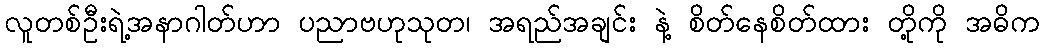
လူတစ်ဦးရဲ့အနာဂါတ်ဟာ ပညာဗဟုသုတ၊ အရည်အချင်း နဲ့ စိတ်နေစိတ်ထား တို့ကို အဓိက